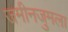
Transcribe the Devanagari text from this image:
जमीनजुमला